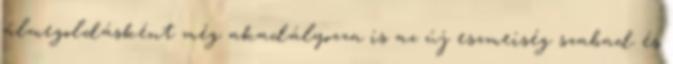
álmegoldásként még akadályozza is az új eszmeiség szabad és